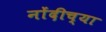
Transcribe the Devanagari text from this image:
नोंदीच्या